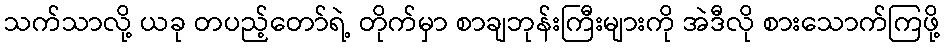
သက်သာလို့ ယခု တပည့်တော်ရဲ့ တိုက်မှာ စာချဘုန်းကြီးများကို အဲဒီလို စားသောက်ကြဖို့